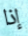
إذا